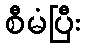
စီမံပြီး